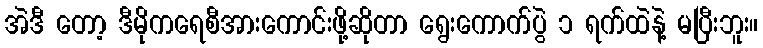
အဲဒီ တော့ ဒီမိုကရေစီအားကောင်းဖို့ဆိုတာ ရွေးကောက်ပွဲ ၁ ရက်ထဲနဲ့ မပြီးဘူး။